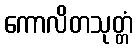
ကောလိတသုတ္တံ